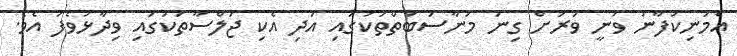
އެމަނިކުފާނު ވަނީ ވަރަށް ގިނަ މުނާސަބަތްތަކުގައި އަދި އެކި ޖަލްސާތަކުގައި ވިދާޅުވެފަ އެވެ.